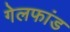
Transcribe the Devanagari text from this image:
गेलफांड